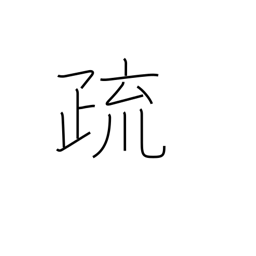
Meaning: note